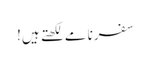
سفرنامے لکھتے ہیں!